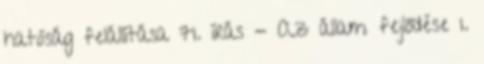
hatóság felállítása 71. írás - Az állam fejlődése 1.